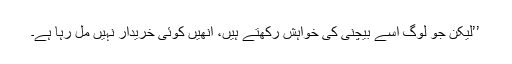
’’لیکن جو لوگ اسے بیچنی کی خواہش رکھتے ہیں، انھیں کوئی خریدار نہیں مل رہا ہے۔